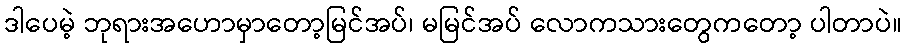
ဒါပေမဲ့ ဘုရားအဟောမှာတော့မြင်အပ်၊ မမြင်အပ် လောကသားတွေကတော့ ပါတာပဲ။